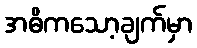
အဓိကသော့ချက်မှာ